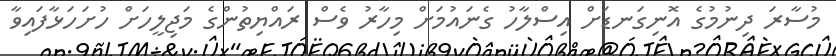
މުސާރަ ދިނުމުގެ އޮނިގަނޑަށް އިސްލާހު ގެނައުމަށް މިހާރު ވެސް ރައްޔިތުންގެ މަޖިލީހަށް ހުށަހަޅާފައިވާ